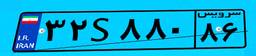
۵۵S۱۰۸۵۵